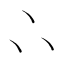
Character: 𠁼